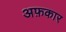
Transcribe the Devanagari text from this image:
अफ़कार